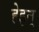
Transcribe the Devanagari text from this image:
हेइन्